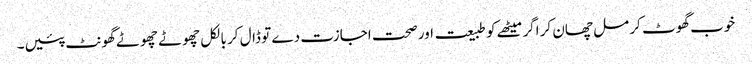
خوب گھوٹ کر مل چھان کر اگر میٹھے کو طبیعت اور صحت اجازت دے تو ڈال کر بالکل چھوٹے چھوٹے گھونٹ پئیں۔